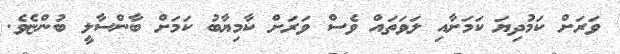
ވަރަށް ކަމުދިޔަ ކަމަށާއި ލަވަތައް ވެސް ވަރަށް ކާމިޔާބު ކަމަށް ބާންސާލީ ބުންޏެވެ.